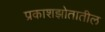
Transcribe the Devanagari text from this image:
प्रकाशझोतातील